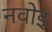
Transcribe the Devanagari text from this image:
नवोइ